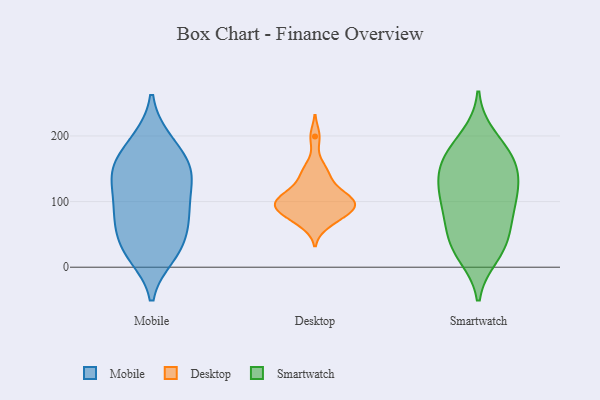
{"axis": {"x": "Demand Index", "y": "Value"}, "legend": ["Desktop", "Mobile", "Smartwatch"], "data": [{"x": "", "y": 19, "type": "Mobile"}, {"x": "", "y": 193, "type": "Mobile"}, {"x": "", "y": 192, "type": "Mobile"}, {"x": "", "y": 147, "type": "Mobile"}, {"x": "", "y": 130, "type": "Mobile"}, {"x": "", "y": 30, "type": "Mobile"}, {"x": "", "y": 100, "type": "Mobile"}, {"x": "", "y": 81, "type": "Mobile"}, {"x": "", "y": 84, "type": "Mobile"}, {"x": "", "y": 153, "type": "Mobile"}, {"x": "", "y": 71, "type": "Mobile"}, {"x": "", "y": 32, "type": "Mobile"}, {"x": "", "y": 151, "type": "Mobile"}, {"x": "", "y": 156, "type": "Mobile"}, {"x": "", "y": 130, "type": "Mobile"}, {"x": "", "y": 71, "type": "Mobile"}, {"x": "", "y": 24, "type": "Mobile"}, {"x": "", "y": 143, "type": "Desktop"}, {"x": "", "y": 199, "type": "Desktop"}, {"x": "", "y": 110, "type": "Desktop"}, {"x": "", "y": 71, "type": "Desktop"}, {"x": "", "y": 153, "type": "Desktop"}, {"x": "", "y": 100, "type": "Desktop"}, {"x": "", "y": 65, "type": "Desktop"}, {"x": "", "y": 132, "type": "Desktop"}, {"x": "", "y": 108, "type": "Desktop"}, {"x": "", "y": 89, "type": "Desktop"}, {"x": "", "y": 114, "type": "Desktop"}, {"x": "", "y": 87, "type": "Desktop"}, {"x": "", "y": 97, "type": "Desktop"}, {"x": "", "y": 85, "type": "Desktop"}, {"x": "", "y": 99, "type": "Desktop"}, {"x": "", "y": 86, "type": "Desktop"}, {"x": "", "y": 35, "type": "Smartwatch"}, {"x": "", "y": 132, "type": "Smartwatch"}, {"x": "", "y": 172, "type": "Smartwatch"}, {"x": "", "y": 143, "type": "Smartwatch"}, {"x": "", "y": 118, "type": "Smartwatch"}, {"x": "", "y": 163, "type": "Smartwatch"}, {"x": "", "y": 40, "type": "Smartwatch"}, {"x": "", "y": 69, "type": "Smartwatch"}, {"x": "", "y": 116, "type": "Smartwatch"}, {"x": "", "y": 26, "type": "Smartwatch"}, {"x": "", "y": 199, "type": "Smartwatch"}, {"x": "", "y": 73, "type": "Smartwatch"}, {"x": "", "y": 153, "type": "Smartwatch"}, {"x": "", "y": 95, "type": "Smartwatch"}, {"x": "", "y": 18, "type": "Smartwatch"}, {"x": "", "y": 178, "type": "Smartwatch"}, {"x": "", "y": 97, "type": "Smartwatch"}]}